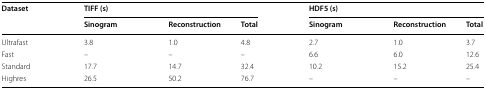
| <ROWSPAN=2> Dataset | <COLSPAN=3> TIFF (s) | <COLSPAN=3> HDF5 (s) |
 | Sinogram | Reconstruction | Total | Sinogram | Reconstruction | Total |
 | --- | --- | --- | --- | --- | --- | --- |
 | Ultrafast | 3.8 | 1.0 | 4.8 | 2.7 | 1.0 | 3.7 |
 | Fast | – | – | – | 6.6 | 6.0 | 12.6 |
 | Standard | 17.7 | 14.7 | 32.4 | 10.2 | 15.2 | 25.4 |
 | Highres | 26.5 | 50.2 | 76.7 | – | – | – |